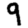
Digit: 9